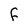
Character: F